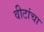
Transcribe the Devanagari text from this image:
वीटांचा